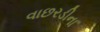
વાછરડીના